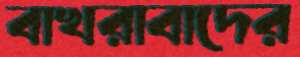
বাখরাবাদের